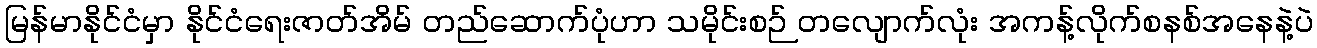
မြန်မာနိုင်ငံမှာ နိုင်ငံရေးဇာတ်အိမ် တည်ဆောက်ပုံဟာ သမိုင်းစဉ် တလျောက်လုံး အကန့်လိုက်စနစ်အနေနဲ့ပဲ